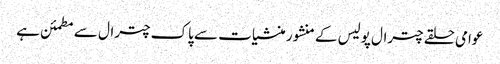
عوامی حلقے چترال پولیس کے منشور منشیات سے پاک چترال سے مطمئن ہے